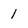
Character: 1